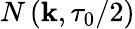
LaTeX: N\left(\mathbf{k},\tau_{0}/2\right)